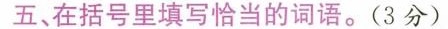
五、在括号里填写恰当的词语。(3分)